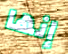
إنها